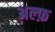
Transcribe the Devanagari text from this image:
अल्फ़